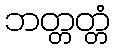
ဘတ္တတ္တံ